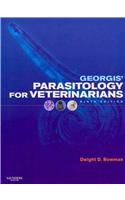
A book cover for Georgis' Parasitology for Veterinarians - Text and VETERINARY CONSULT Package, 9e; Dwight D. Bowman MS  PhD; Medical Books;